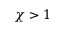
\chi > 1